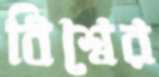
বিশ্বের